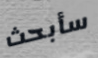
سأبحث